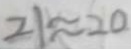
2 1 \approx 2 0